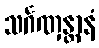
သင်္ဂဏှန္တာနံ